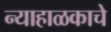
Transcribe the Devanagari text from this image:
न्याहाळकाचे